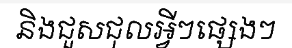
និងជួសជុលអ្វីៗផ្សេងៗ